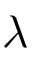
\lambda